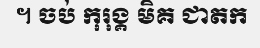
។ ចប់ កុរុង្គ មិគ ជាតក